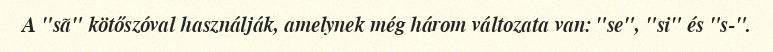
A "sã" kötőszóval használják, amelynek még három változata van: "se", "si" és "s-".